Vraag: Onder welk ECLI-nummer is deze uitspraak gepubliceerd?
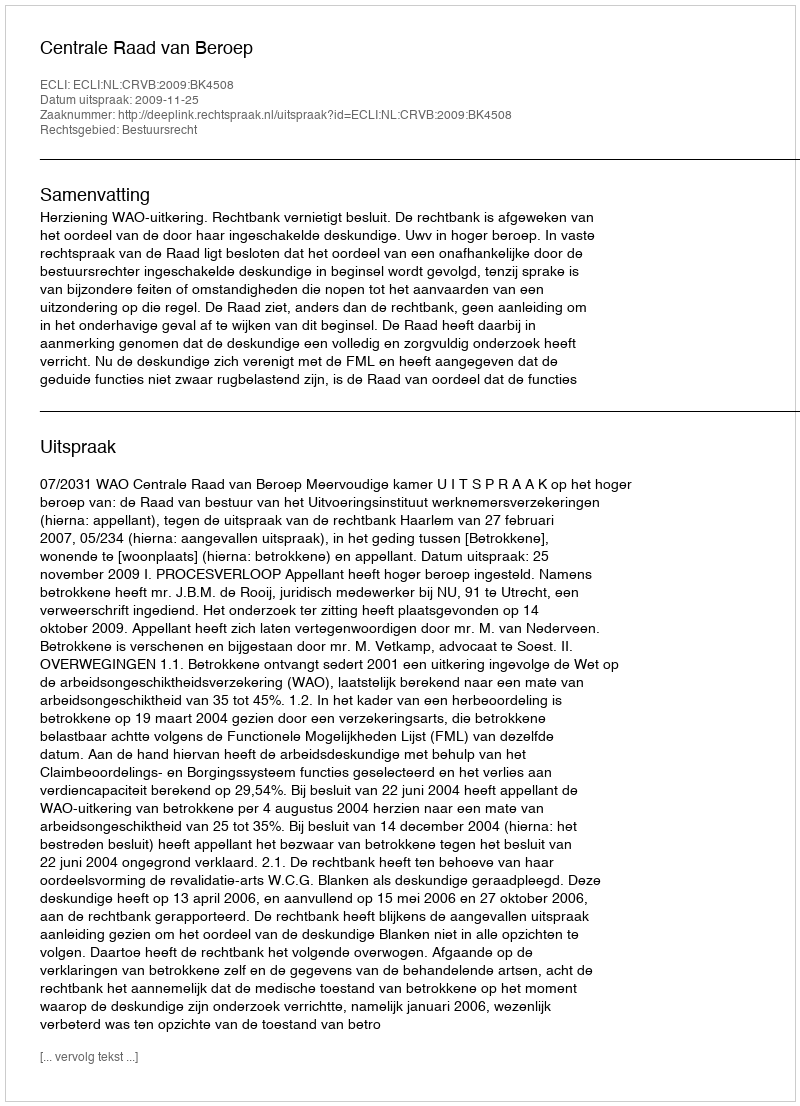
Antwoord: ECLI:NL:CRVB:2009:BK4508